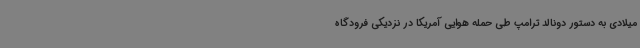
میلادی به دستور دونالد ترامپ طی حمله هوایی آمریکا در نزدیکی فرودگاه